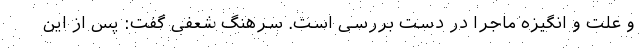
و علت و انگیزه ماجرا در دست بررسی است. سرهنگ شعفی گفت: پس از این